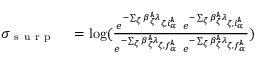
\begin{array} { r l } { \sigma _ { \mathrm { ~ s ~ u ~ r ~ p ~ } } } & { { } = \log ( \frac { e ^ { - \sum _ { \zeta } \beta _ { \zeta } ^ { \tt A } \lambda _ { \zeta , i _ { \alpha } ^ { \tt A } } } \ e ^ { - \sum _ { \zeta } \beta _ { \zeta } ^ { \tt A } \lambda _ { \zeta , i _ { \alpha } ^ { \tt A } } } } { e ^ { - \sum _ { \zeta } \beta _ { \zeta } ^ { \tt A } \lambda _ { \zeta , f _ { \alpha } ^ { \tt A } } } \ e ^ { - \sum _ { \zeta } \beta _ { \zeta } ^ { \tt A } \lambda _ { \zeta , f _ { \alpha } ^ { \tt A } } } } ) } \end{array}